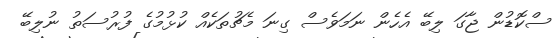
ސްކޮޑުން ޖާގަ ލިބޭ އެހެން ނަމަވެސް ގިނަ މެޗުތަކެއް ކުޅުމުގެ ފުރުސަތު ނުލިބޭ